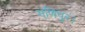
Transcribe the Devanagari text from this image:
मणिपुर।